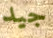
جيد